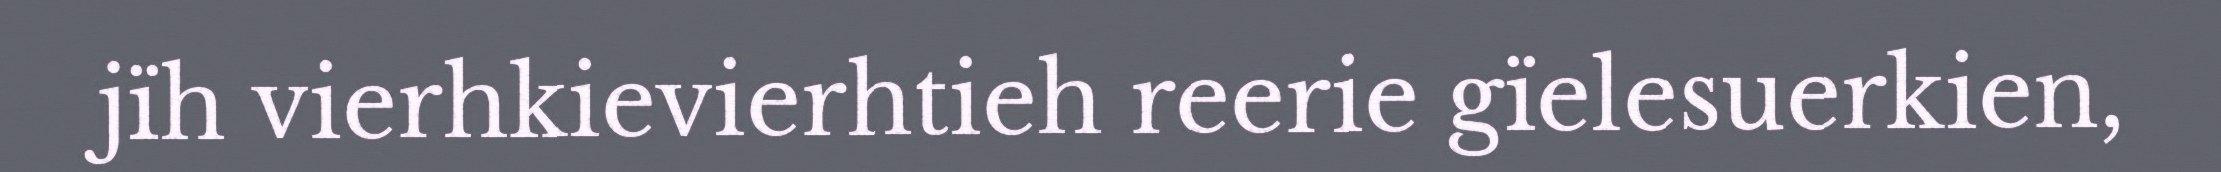
jïh vierhkievierhtieh reerie gïelesuerkien,